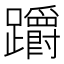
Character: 𨇺